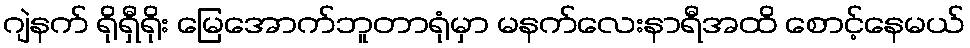
ဂျဲနက် ရိုရှီရိုး မြေအောက်ဘူတာရုံမှာ မနက်လေးနာရီအထိ စောင့်နေမယ်